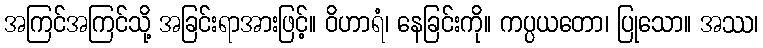
အကြင်အကြင်သို့ အခြင်းရာအားဖြင့်။ ဝိဟာရံ၊ နေခြင်းကို။ ကပ္ပယတော၊ ပြုသော။ အဿ၊